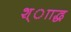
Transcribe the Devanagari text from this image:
श्ााद्ध